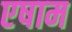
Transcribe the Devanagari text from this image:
एषाम